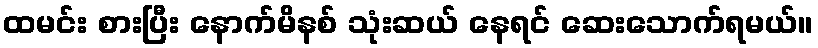
ထမင်း စားပြီး နောက်မိနစ် သုံးဆယ် နေရင် ဆေးသောက်ရမယ်။